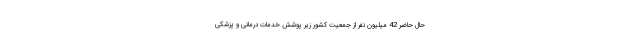
حال حاضر 42 میلیون نفر از جمعیت کشور زیر پوشش خدمات درمانی و پزشکی